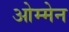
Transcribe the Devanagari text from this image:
ओम्मेन